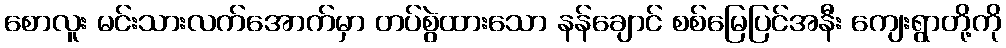
စောလူး မင်းသားလက်အောက်မှာ တပ်စွဲထားသော နန်ချောင် စစ်မြေပြင်အနီး ကျေးရွာတို့ကို